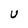
Character: U